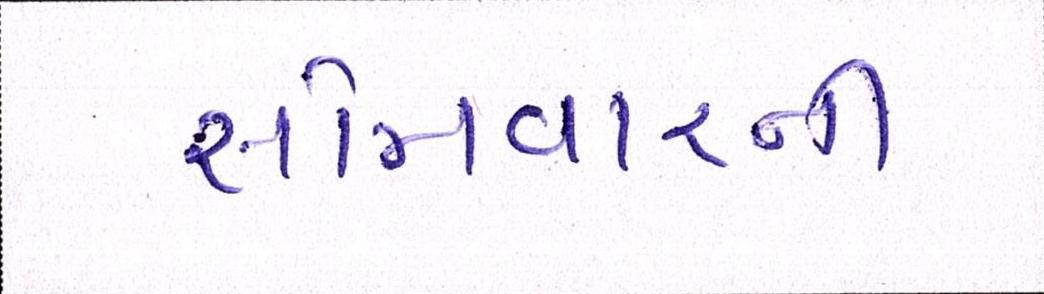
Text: સોમવારની